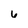
Character: 6